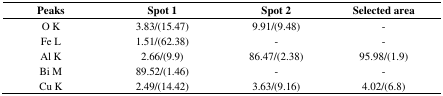
<table><thead><tr><td><b>Peaks</b></td><td><b>Spot 1</b></td><td><b>Spot 2</b></td><td><b>Selected area</b></td></tr></thead><tbody><tr><td>O K</td><td>3.83/(15.47)</td><td>9.91/(9.48)</td><td>-</td></tr><tr><td>Fe L</td><td>1.51/(62.38)</td><td>-</td><td>-</td></tr><tr><td>Al K</td><td>2.66/(9.9)</td><td>86.47/(2.38)</td><td>95.98/(1.9)</td></tr><tr><td>Bi M</td><td>89.52/(1.46)</td><td>-</td><td>-</td></tr><tr><td>Cu K</td><td>2.49/(14.42)</td><td>3.63/(9.16)</td><td>4.02/(6.8)</td></tr></tbody></table>